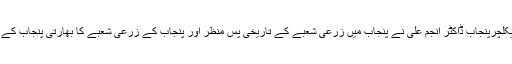
جواد علی کے ساتھ سوال و جواب کے دوران ڈائریکٹر جنرل ایگریکلچرپنجاب ڈاکٹر انجم علی نے پنجاب میں زرعی شعبے کے تاریخی پس منظر اور پنجاب کے زرعی شعبے کا بھارتی پنجاب کے زرعی شعبے کے ساتھ موازنہ کیا اور صورتحال پر روشنی ڈالی۔